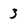
Character: 3